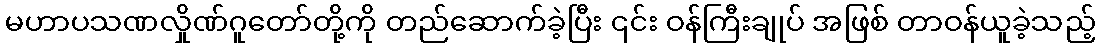
မဟာပသဏလှိုဏ်ဂူတော်တို့ကို တည်ဆောက်ခဲ့ပြီး ၎င်း ဝန်ကြီးချုပ် အဖြစ် တာဝန်ယူခဲ့သည့်